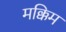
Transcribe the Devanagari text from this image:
मक्किम